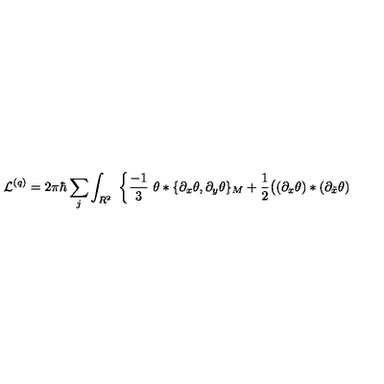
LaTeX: { \cal L } ^ { ( q ) } = 2 \pi \hbar \sum _ { j } \int _ { R ^ { 2 } } \ \bigg \{ \frac { - 1 } { 3 } \ \theta * \{ \partial _ { x } \theta , \partial _ { y } \theta \} _ { M } + \frac { 1 } { 2 } \big ( ( \partial _ { x } \theta ) * ( \partial _ { \tilde { x } } \theta )